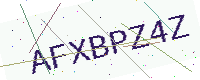
Text: AFXBPZ4Z